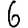
Digit: 6